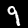
Label: 9